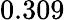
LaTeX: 0.309